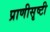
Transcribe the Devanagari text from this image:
प्राणीसृष्टी